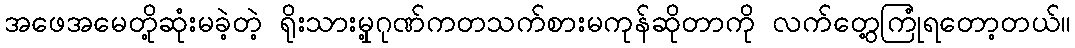
အဖေအမေတို့ဆုံးမခဲ့တဲ့ ရိုးသားမှု့ဂုဏ်ကတသက်စားမကုန်ဆိုတာကို လက်တွေ့ကြုံရတော့တယ်။